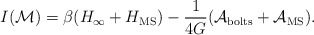
\begin{align*} I({\cal M}) = \beta (H_{\infty}+H_{\rm MS}) -\frac{1}{4 G}({\cal A}_{\rm bolts}+{\cal A}_{\rm MS}).\end{align*}